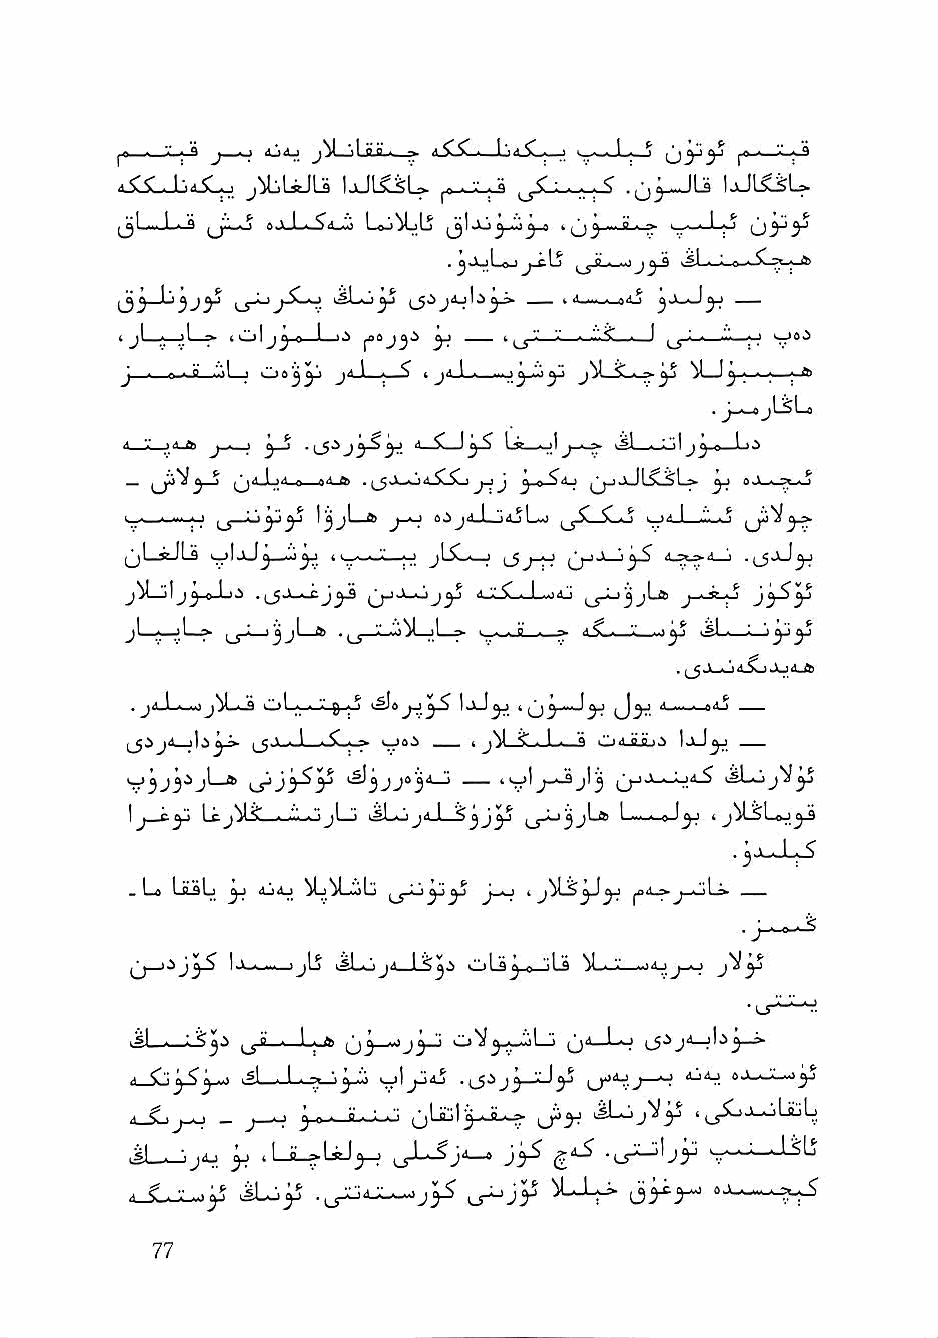
^ fl • " • ft J • T jN J p n . - '' •■•■ ji ,•■ ^ *. 4. 4, ^
 xsis^^_ j:ibLiJU \jjmu    ^■  ■ ■ ■^ -u^Li i^L^u
 ^j)l-i..J-- ** »ji_U-^4_^ Lcij^Lj ., B. ^ I—--J-y (j5^5^
 .^JoLoJ ^^yiL—J j^ vjl--^a--..^ ? ; tfi
 t jl_. ^ t ol J^ 0 I 1.^ ^ ^  ■ '■ ^. • —I ■''—; I
 I • 1 ■ ft ■ 1^1 3 CjOQ^ 1* ^ ^ ( I-* ^ ^ ft ■'■' ft ^ (S I I ■ » tt>
 A-JL-jd-a j - ; ^_j <1   l.-g_. il j-^ lisl . -"I - I • •'
 _         >A 0 oA a ,     P'^ ^A_)     ^
 i_._. — > I oy y     A sJ^ I ^^I I C .^ ■ '•■ I '■'■ ■ ^ i_j'^3*?'
 (jL-iJLs ■ 'I ' "'J..' ■■■•'- ',! jLSvz—J ,_5j-j-> ' ' '3 ^ •' -• ^•* "' .(_5jJ^
 ^—>1 j^-o-L.)          J_il^_J_-jA_j
 jLi—;L^   )^jL_a . '." >1^1—jL-=»- ■_._.Ji_i_^ A5"_._,'.'_..>y tSLi—L-jy^
 . jaJi a ,sO oi . « ^ t^6 yS IjlJ^ 4 iPy '• A oAj
 ^ \ jA .) :- ^ » . 1 . C . -^ ___ - jV <" I . a Od-iuu.S IjlJ^
 '"'Jjj''jl '►i ^jySyj iS)^jj0^4_j jjjjL.i-J.jA^ i^l.ojVyj
 IJ ^ J* ^ r jN ^ ' ' ks!---! J A—L-5 ^ J ^ 1 A 0 4
 . Lo LoL ^ (Li<L>
 \ijyS   }j\i isL^'t jA 1 <^ s »"«! 0 'tl-'ft V_- '■ ^ J - ^ ^
 ■^1 -—- < ^^0 * iL'Jb j ^J ^ q<u-Liu jd—jIa> j ■»
 a_Sj^^ 4^1 L->J)^ IjijjAj .^_5.>jj_:J^ ^Ajj-—J aJiaj eJ-UC—)y
 - J—^ ^_o-.-_iL_:_j jjLsul^-JL^ 4 ^_ySoj_.jLjLiLj
 M—^jXi yj 4I—jL^UJ^   —» j^
 A_l. V...js           ^Jr